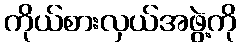
ကိုယ်စားလှယ်အဖွဲ့ကို